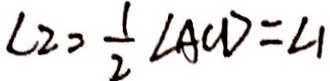
\angle 2 = \frac { 1 } { 2 } \angle A C D = \angle 1